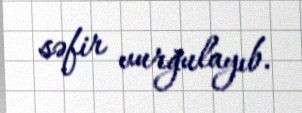
səfir vurğulayıb.